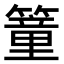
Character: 𥳘